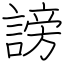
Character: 謗